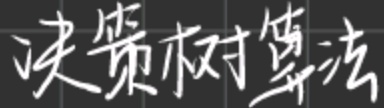
决策树算法